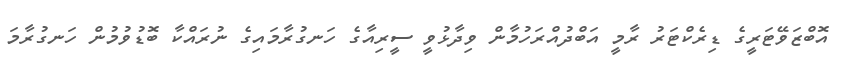
އޮބްޒަވޭޓަރީގެ ޑިރެކްޓަރު ރާމީ އަބްދުއްރަހުމާން ވިދާޅުވީ ސީރިއާގެ ހަނގުރާމައިގެ ނުރައްކާ ބޮޑުވުމުން ހަނގުރާމަ